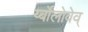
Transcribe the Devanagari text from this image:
र्य्बोलोवेव्